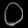
Digit: ၀